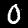
Label: 0